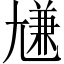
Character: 尲